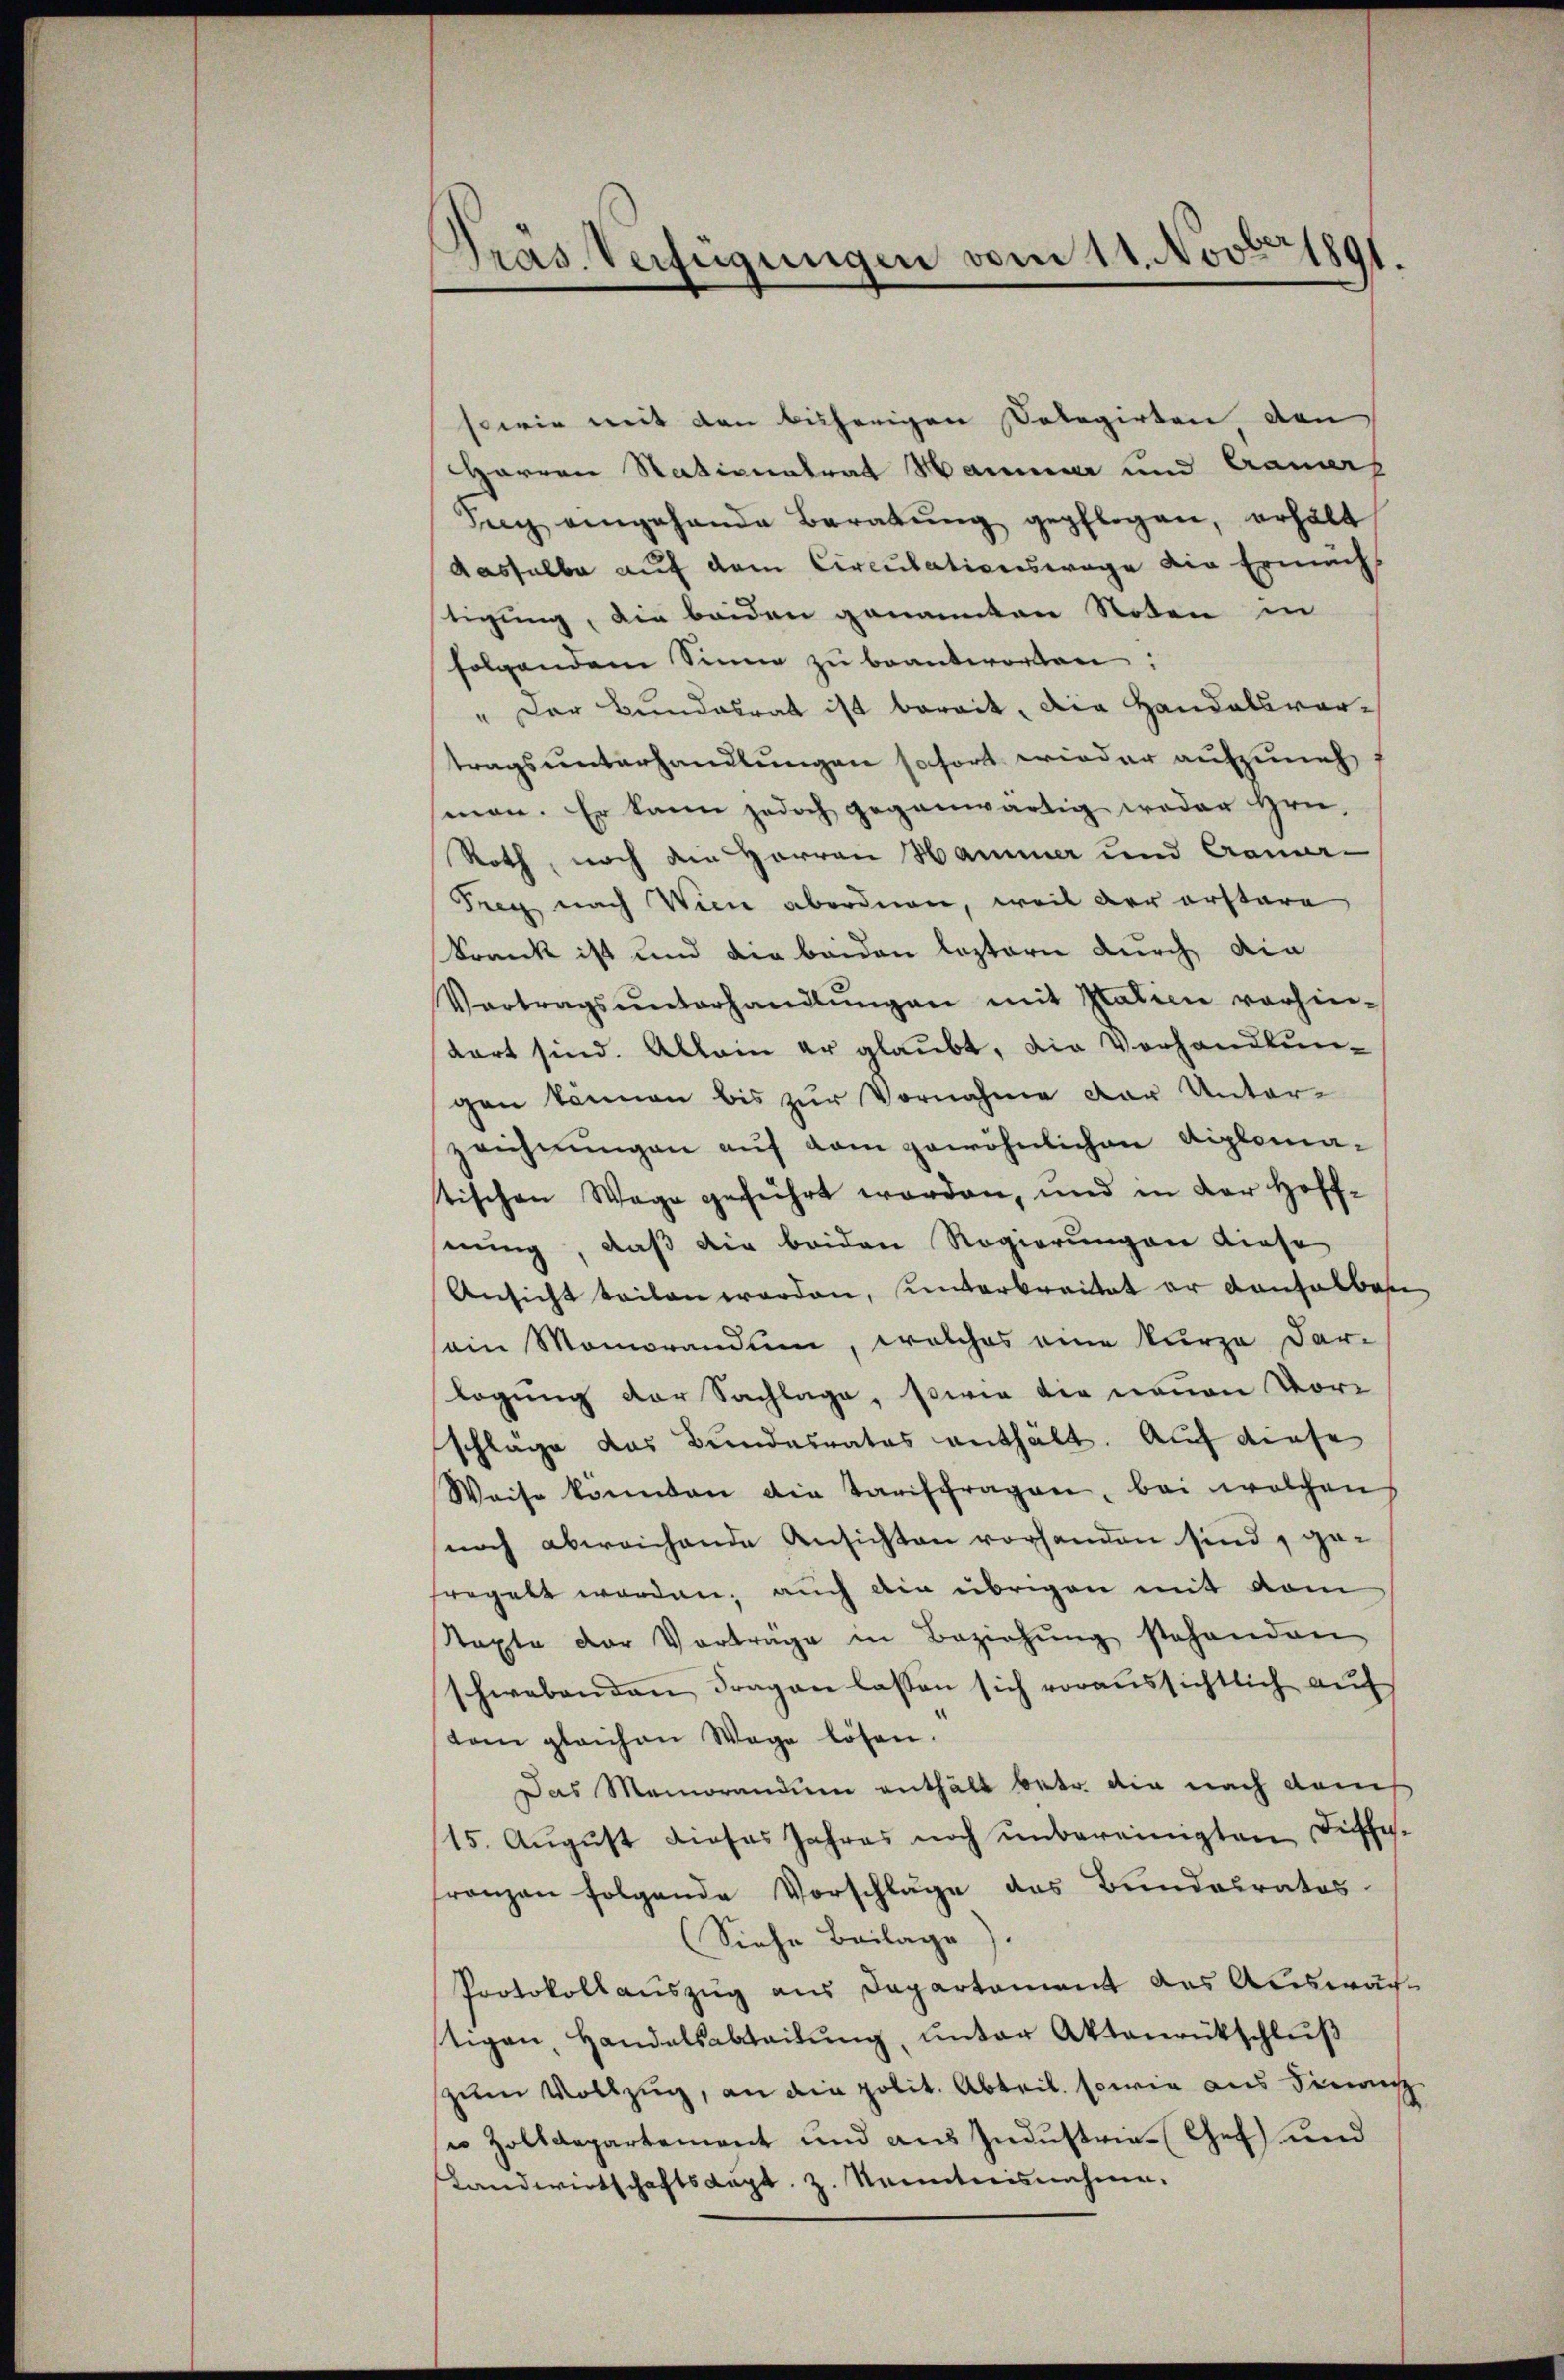
Präs. Verfügungen vom 11. Novber 1891.

sowie mit den bisherigen Solegirten, den
Harren Nationatrat Hammer und Cramers
Sey eingehande Beratŭng gepflogen, erhält
dasselbe auf dem Circulationswage die Ermächt
stigung, die beiden genannten Noten in
folgendem Sinne zu beantworten:
" Der Bundesrat ist bereit, die Handelsvortragsunterhandlungen sofort wieder aufzuneh
man. Er kann jedoch gegenwärtig weder Hrn.
Roth, nach den Herren Hammer und Craner-
Frey nach Wien abordnen, weil der erstare
krank ist und die beiden leztern durch die
Vertragsŭnterhandlŭngen mit Italien vorhin-
kart sind. Allein er glaubt, die Vorhandlungen können bis zur Vornahme der Unterzeichnungen auf dem gewöhnlichen Diplomastischen Wege geführt worden, und in der Hoff-
nung, daß die beiden Regierungen diese
Ansicht teilen worden, unterbreitet er Konselben
sein Momorandum, welches eine kurze Dar-
lagung der Sachlage, sowie die neuen Vorschläge das Bundesrates enthält. Auf diese
Weise könnten die Tarifchragen, bei welchen
noch abweichende Ansichten vorhanden sind, ge-
fregelt worden, auch die übrigen mit vom
Rapte der Vorträge in Beziehŭng stehenden
schwebenden Fragen lassen sich voraussichtlich auf
tem gleichen Wage lösen.
Das Memorandien enthält betr. die nach dans
15. August dieses Jahres noch unbereinigten Differanzen folgende Vorschläge das Bundesrates.
(Siehe Beilage
Protokollauszug aus Departement des Auswärtigen, Handelsabteilŭng, unter Aktenrütschluß
zum Vollzug, an die polit. Abteil sowie aus dinan
u Zolldepartement und aus Industrie-Gef und
Landwirtschaftskapt. z. Kenntnisnahme.